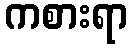
ကစားရာ